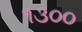
૧૩૦૦